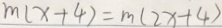
m ( x + 4 ) = m ( 2 x + 4 )